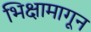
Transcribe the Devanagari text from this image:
भिक्षामागून